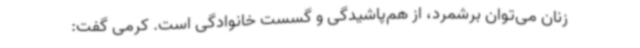
زنان می‌توان برشمرد، از هم‌پاشیدگی و گسست خانوادگی است. کرمی گفت: